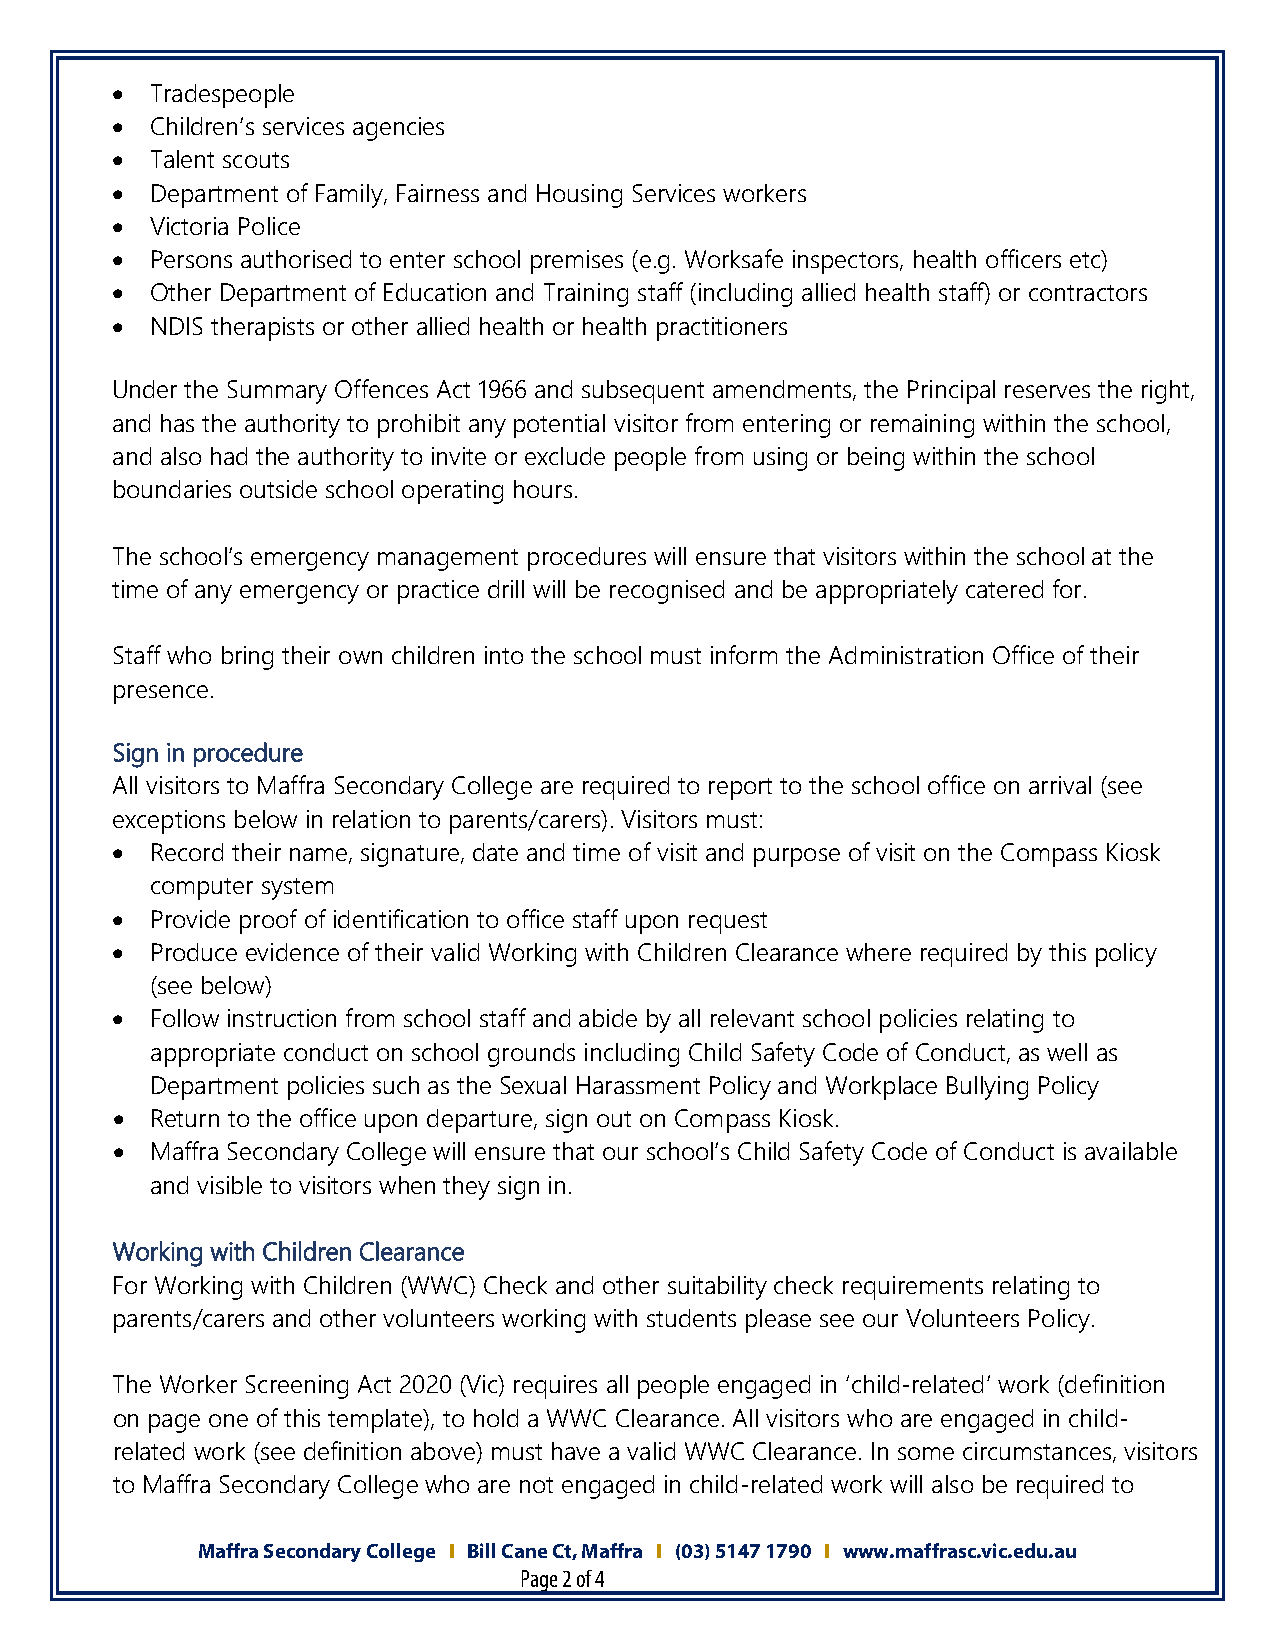
•  Tradespeople
 •  Children’s services agencies
 •  Talent scouts
 •  Department of Family, Fairness and Housing Services workers
 •  Victoria Police
 •  Persons authorised to enter school premises (e.g. Worksafe inspectors, health officers etc)
 •  Other Department of Education and Training staff (including allied health staff) or contractors
 •  NDIS therapists or other allied health or health practitioners
 Under the Summary Offences Act 1966 and subsequent amendments, the Principal reserves the right,
 and has the authority to prohibit any potential visitor from entering or remaining within the school,
 and also had the authority to invite or exclude people from using or being within the school
 boundaries outside school operating hours.
 The school’s emergency management procedures will ensure that visitors within the school at the
 time of any emergency or practice drill will be recognised and be appropriately catered for.
 Staff who bring their own children into the school must inform the Administration Office of their
 presence.
 Sign in procedure
 All visitors to Maffra Secondary College are required to report to the school office on arrival (see
 exceptions below in relation to parents/carers). Visitors must:
 •  Record their name, signature, date and time of visit and purpose of visit on the Compass Kiosk
 computer system
 •  Provide proof of identification to office staff upon request
 •  Produce evidence of their valid Working with Children Clearance where required by this policy
 (see below)
 •  Follow instruction from school staff and abide by all relevant school policies relating to
 appropriate conduct on school grounds including Child Safety Code of Conduct, as well as
 Department policies such as the Sexual Harassment Policy and Workplace Bullying Policy
 •  Return to the office upon departure, sign out on Compass Kiosk.
 •  Maffra Secondary College will ensure that our school’s Child Safety Code of Conduct is available
 and visible to visitors when they sign in.
 Working with Children Clearance
 For Working with Children (WWC) Check and other suitability check requirements relating to
 parents/carers and other volunteers working with students please see our Volunteers Policy.
 The Worker Screening Act 2020 (Vic) requires all people engaged in ‘child-related’ work (definition
 on page one of this template), to hold a WWC Clearance. All visitors who are engaged in child-
 related work (see definition above) must have a valid WWC Clearance. In some circumstances, visitors
 to Maffra Secondary College who are not engaged in child-related work will also be required to
 Maffra Secondary College I Bill Cane Ct, Maffra I (03) 5147 1790 I www.maffrasc.vic.edu.au
 Page 2 of 4